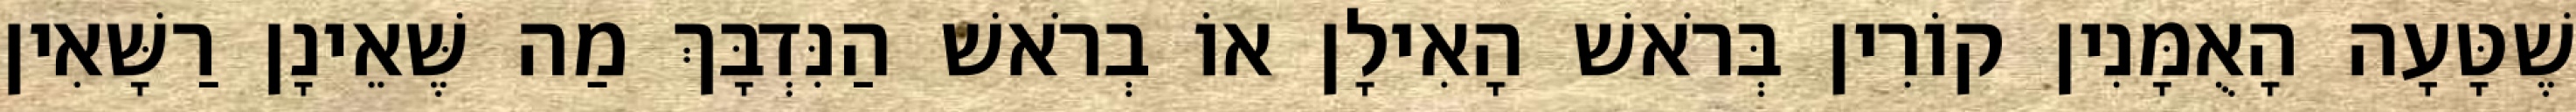
שֶׁטָּעָה הָאֻמָּנִין קוֹרִין בְּרֹאשׁ הָאִילָן אוֹ בְרֹאשׁ הַנִּדְבָּךְ מַה שֶּׁאֵינָן רַשָּׁאִין